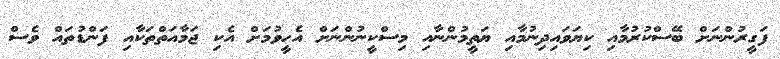
ފަގީރުންނަށް ބޭސްކުރުމާއި ކިޔަވައިދިނުމާއި ޔަތީމުންނާއި މިސްކީނުންނަށް އެހީވުމަށް އެކި ޖަމާއަތްތަކާއި ފަންޑުތައް ވެސް